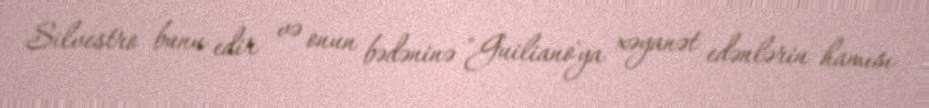
Silvestro bunu edir və onun bədəninə "Guiliano'ya xəyanət edənlərin hamısı